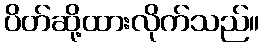
ပိတ်ဆို့ထားလိုက်သည်။